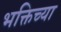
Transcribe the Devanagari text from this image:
भक्तिच्या